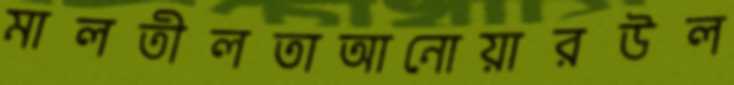
মালতীলতাআনোয়ারউল